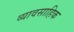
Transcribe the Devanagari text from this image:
व्यावसाहिक